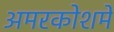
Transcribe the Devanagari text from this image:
अमरकोशमें